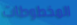
المخطوطات